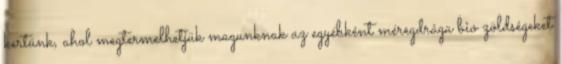
kertünk, ahol megtermelhetjük magunknak az egyébként méregdrága bio zöldségeket